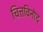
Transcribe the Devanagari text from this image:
चित्तविनोद